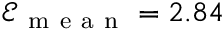
\mathcal { E } _ { \mathrm { ~ m ~ e ~ a ~ n ~ } } = 2 . 8 4